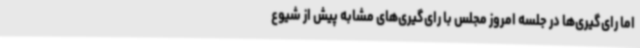
اما رای‌گیری‌ها در جلسه امروز مجلس با رای‌گیری‌های مشابه پیش از شیوع